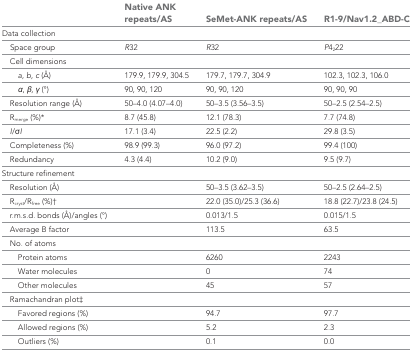
|  | Native ANK repeats/AS | SeMet-ANK repeats/AS | R1-9/Nav1.2_ABD-C |
 | --- | --- | --- | --- |
 | <COLSPAN=4> Data collection |
 | Space group | R32 | R32 | P4222 |
 | <COLSPAN=4> Cell dimensions |
 | a, b, c (Å) | 179.9, 179.9, 304.5 | 179.7, 179.7, 304.9 | 102.3, 102.3, 106.0 |
 | α, β, γ (°) | 90, 90, 120 | 90, 90, 120 | 90, 90, 90 |
 | Resolution range (Å) | 50–4.0 (4.07–4.0) | 50–3.5 (3.56–3.5) | 50–2.5 (2.54–2.5) |
 | Rmerge (%)* | 8.7 (45.8) | 12.1 (78.3) | 7.7 (74.8) |
 | I/σI | 17.1 (3.4) | 22.5 (2.2) | 29.8 (3.5) |
 | Completeness (%) | 98.9 (99.3) | 96.0 (97.2) | 99.4 (100) |
 | Redundancy | 4.3 (4.4) | 10.2 (9.0) | 9.5 (9.7) |
 | <COLSPAN=4> Structure refinement |
 | Resolution (Å) |  | 50–3.5 (3.62–3.5) | 50–2.5 (2.64–2.5) |
 | Rcryst/Rfree (%)† |  | 22.0 (35.0)/25.3 (36.6) | 18.8 (22.7)/23.8 (24.5) |
 | r.m.s.d. bonds (Å)/angles (°) |  | 0.013/1.5 | 0.015/1.5 |
 | Average B factor |  | 113.5 | 63.5 |
 | <COLSPAN=4> No. of atoms |
 | Protein atoms |  | 6260 | 2243 |
 | Water molecules |  | 0 | 74 |
 | Other molecules |  | 45 | 57 |
 | <COLSPAN=4> Ramachandran plot‡ |
 | Favored regions (%) |  | 94.7 | 97.7 |
 | Allowed regions (%) |  | 5.2 | 2.3 |
 | Outliers (%) |  | 0.1 | 0.0 |